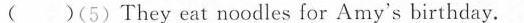
( )(5) They eat noodles for Amy's birthday.